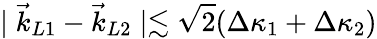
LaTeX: \mid\vec{k}_{L1}-\vec{k}_{L2}\mid\lesssim\sqrt{2}(\Delta\kappa_{1}+\Delta\kappa_{2})